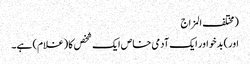
(مختلف المزاج
اور) بدخو اور ایک آدمی خاص ایک شخص کا (غلام) ہے۔